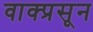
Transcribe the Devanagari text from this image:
वाक्प्रसून